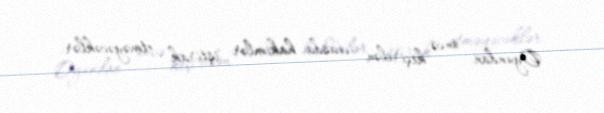
Oyundan öncə keçirilən iclasda hakimlər iştirak etməyəcəklər.